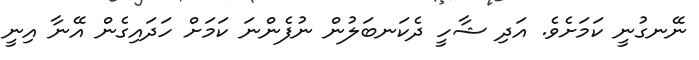
ނޭނގުނީ ކަމަށެވެ. އަދި ޝާހީ ދެކަނބަލުން ނުފެންނަ ކަމަށް ހަދައިގެން އޭނާ އިނީ